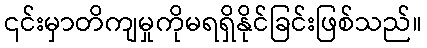
၎င်းမှာတိကျမှုကိုမရရှိနိုင်ခြင်းဖြစ်သည်။